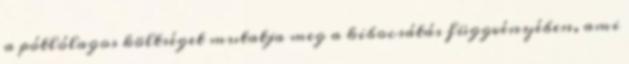
a pótlólagos költséget mutatja meg a kibocsátás függvényében, ami